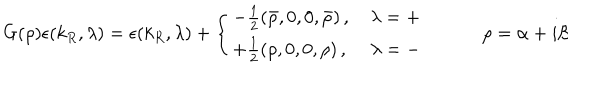
G ( \rho ) \epsilon ( k _ { R } , \lambda ) = \epsilon ( k _ { R } , \lambda ) + \left\{ \begin{array} { c } { { - \frac { 1 } { 2 } \left( \bar { \rho } , 0 , 0 , \bar { \rho } \right) , \, \, \, \, \, \, \lambda = + } } \\ { { + \frac { 1 } { 2 } \left( \rho , 0 , 0 , \rho \right) , \, \, \, \, \, \, \, \lambda = - } } \\ \end{array} \right. \, \, \, \, \, \, \, \, \, \, \, \, \, \, \, \, \, \, \rho = \alpha + i \beta